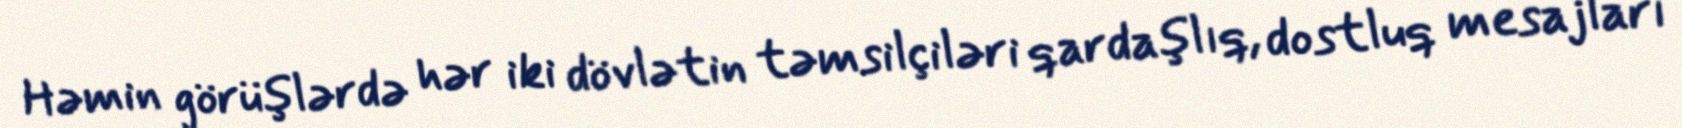
Həmin görüşlərdə hər iki dövlətin təmsilçiləri qardaşlıq, dostluq mesajları